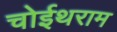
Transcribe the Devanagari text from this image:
चोईथराम